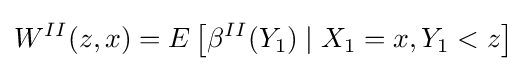
W^{II}(z,x)=E\left[\beta ^{II}(Y_{1})\mid X_{1}=x,Y_{1}<z\right]